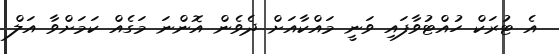
އެ ޓުރަކް ހުއްޓުވާފައި ވަނީ މައްކާއަށް ދެވެން އޮންނަ މަގެއް ކަމަށްވާ އަލް